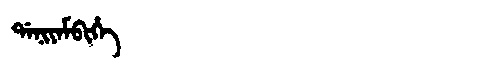
Manchu: ᡩᠠᠨᡳᠶᠠᠮᠪᡳᡥᡝ
Romanization: DANIYAMBIHE